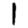
Digit: 1